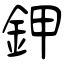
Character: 鉀